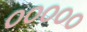
૦૦૦૦૦